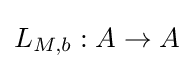
L_{M,b}:A\rightarrow A